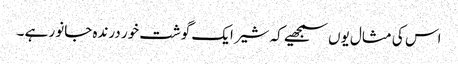
اس کی مثال یوں سمجھیے کہ شیر ایک گوشت خور درندہ جانور ہے ۔